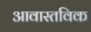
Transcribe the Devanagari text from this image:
आवास्तविक